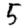
Digit: 5